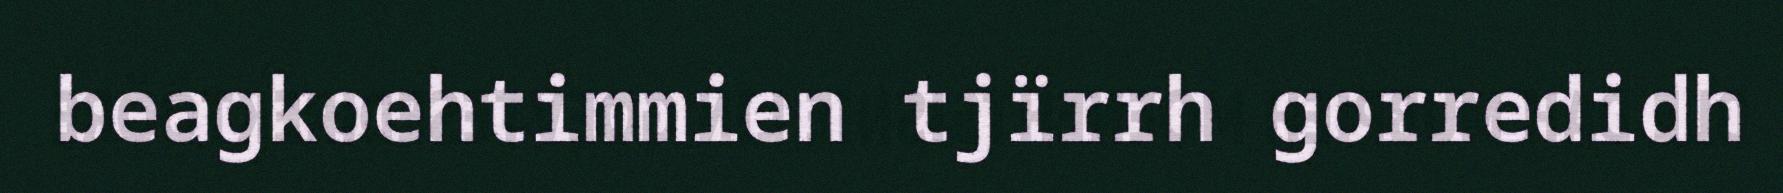
beagkoehtimmien tjïrrh gorredidh